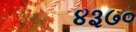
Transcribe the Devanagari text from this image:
४३७०